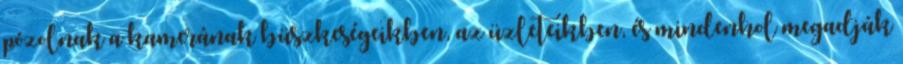
pózolnak a kamerának büszkeségeikben, az üzleteikben, és mindenhol megadják